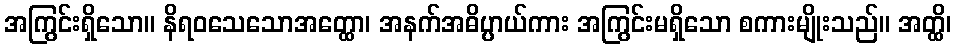
အကြွင်းရှိသော။ နိရဝသေသောအတ္ထော၊ အနက်အဓိပ္ပာယ်ကား အကြွင်းမရှိသော စကားမျိုးသည်။ အတ္ထိ၊